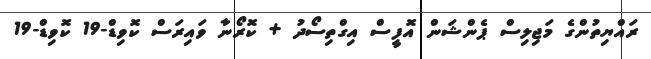
ރައްޔިތުންގެ މަޖިލިސް ޕެންޝަން އޮފީސް އިގްތިސޯދު + ކޮރޯނާ ވައިރަސް ކޮވިޑް-19 ކޮވިޑް-19